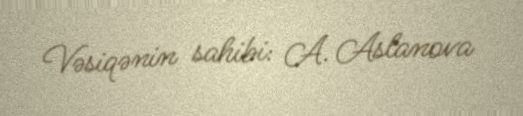
Vəsiqənin sahibi: A. Aslanova